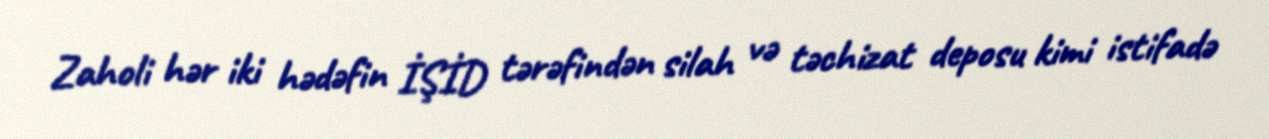
Zaholi hər iki hədəfin İŞİD tərəfindən silah və təchizat deposu kimi istifadə